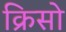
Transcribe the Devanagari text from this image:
क्रिसो